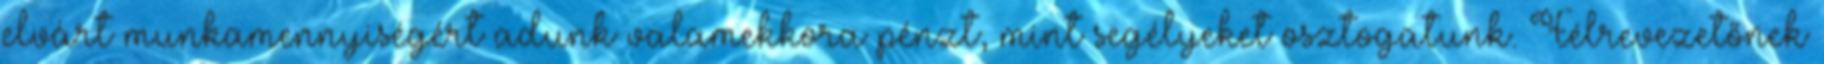
elvárt munkamennyiségért adunk valamekkora pénzt, mint segélyeket osztogatunk. Félrevezetőnek